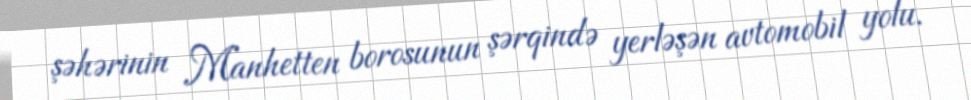
şəhərinin Manhetten borosunun şərqində yerləşən avtomobil yolu.